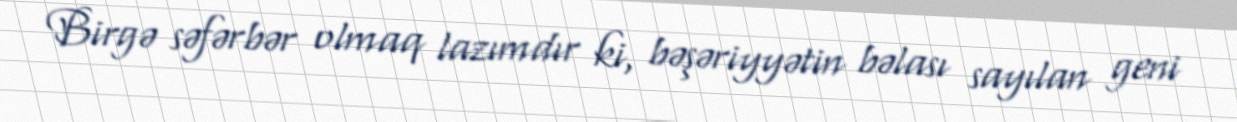
Birgə səfərbər olmaq lazımdır ki, bəşəriyyətin bəlası sayılan geni